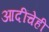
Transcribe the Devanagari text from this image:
आदींचेही